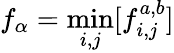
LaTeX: f_{\alpha}=\operatorname*{min}_{i,j}[f_{i,j}^{a,b}]